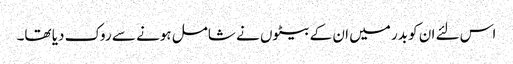
اس لئے ان کو بدر میں ان کے بیٹوں نے شامل ہونے سے روک دیا تھا۔